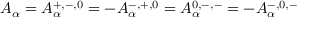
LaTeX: A _ { \alpha } = A _ { \alpha } ^ { + , - , 0 } = - A _ { \alpha } ^ { - , + , 0 } = A _ { \alpha } ^ { 0 , - , - } = - A _ { \alpha } ^ { - , 0 , - }